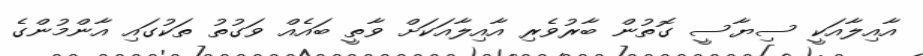
އާއިލާއަކީ ސިޔާސީ ގޮތުން ބާރުވެރި އާއިލާއަކަށް ވާތީ ބައެއް ވަގުތު ތަކުގައި އާންމުންގެ